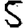
Digit: 5